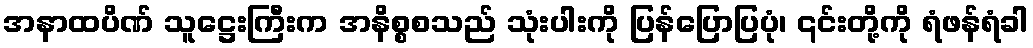
အနာထပိဏ် သူဋ္ဌေးကြီးက အနိစ္စစသည် သုံးပါးကို ပြန်ပြောပြပုံ၊ ၎င်းတို့ကို ရံဖန်ရံခါ